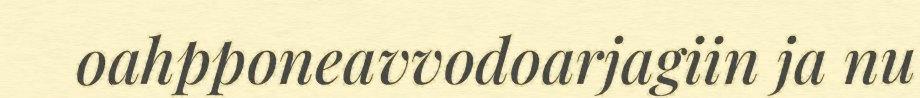
oahpponeavvodoarjagiin ja nu